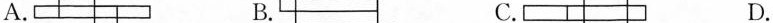
A. B. C. D.